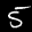
Label: 5